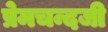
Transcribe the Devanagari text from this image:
प्रेमचन्दजी